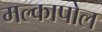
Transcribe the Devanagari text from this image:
मल्कापोल